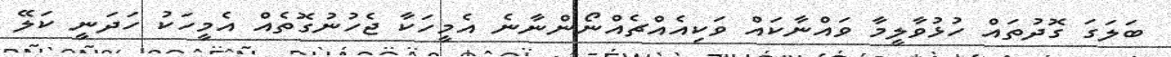
ބަލަގަ ގޮދުތައް ހުޅުވާލީމާ ވައްނާކައް ވަކިއެއްޗެއްނޯންނާނެ އެމީހަކާ ޖެހުނުގޮތެއް އެމީހަކު ހަދަނީ ކަލޭ